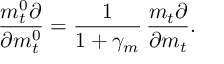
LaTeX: \frac { m _ { t } ^ { 0 } \partial } { \partial m _ { t } ^ { 0 } } = \frac { 1 } { 1 + \gamma _ { m } } \, \frac { m _ { t } \partial } { \partial m _ { t } } .